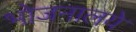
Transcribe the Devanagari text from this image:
भोजनालये